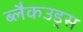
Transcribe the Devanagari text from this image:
ब्लैकउड्स